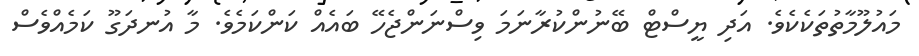
މައުލޫމާތުތަކެކެވެ. އަދި ޔީސްޓް ބޭނުންކުރާނަމަ ވިސްނަންޖެހޭ ބައެއް ކަންކަމެވެ. މާ އުނދަގޫ ކަމެއްވެސް